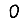
Digit: 0